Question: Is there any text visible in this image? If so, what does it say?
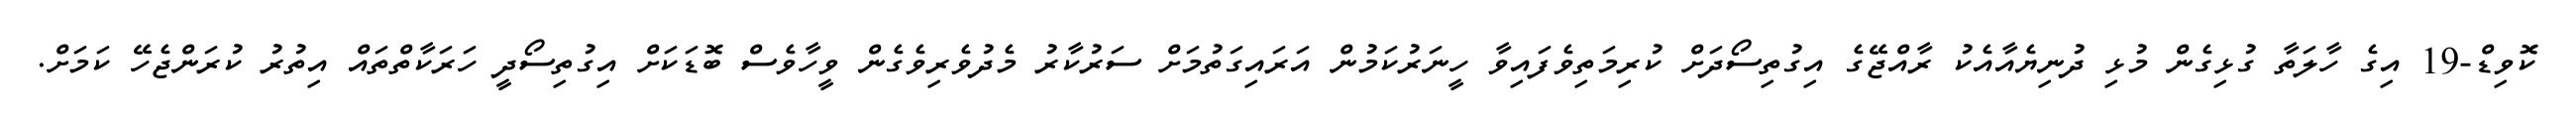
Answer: ކޮވިޑް-19 އިގެ ހާލަތާ ގުޅިގެން މުޅި ދުނިޔެއާއެކު ރާއްޖޭގެ އިގުތިސޯދަށް ކުރިމަތިވެފައިވާ ހީނަރުކަމުން އަރައިގަތުމަށް ސަރުކާރު މެދުވެރިވެގެން ވީހާވެސް ބޮޑަކަށް އިގުތިސޯދީ ހަރަކާތްތައް އިތުރު ކުރަންޖެހޭ ކަމަށް.